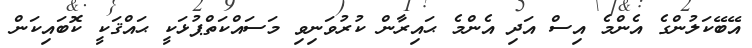
އޭބޭކަލުންގެ އެންމެ އިސް އަދި އެންމެ ޙައިރާން ކުރުވަނިވި މަސައްކަތްޕުޅަކީ ޙައްޤަކީ ކޮބައިކަން